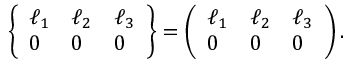
\left\{ \begin{array} { l l l } { \ell _ { 1 } } & { \ell _ { 2 } } & { \ell _ { 3 } } \\ { 0 } & { 0 } & { 0 } \end{array} \right\} = \left( \begin{array} { l l l } { \ell _ { 1 } } & { \ell _ { 2 } } & { \ell _ { 3 } } \\ { 0 } & { 0 } & { 0 } \end{array} \right) .